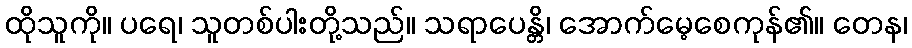
ထိုသူကို။ ပရေ၊ သူတစ်ပါးတို့သည်။ သရာပေန္တိ၊ အောက်မေ့စေကုန်၏။ တေန၊